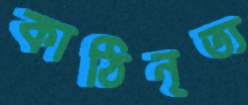
কাঠিনৃত্য